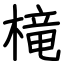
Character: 槞